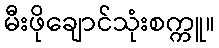
မီးဖိုချောင်သုံးစက္ကူ။